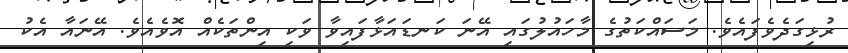
ރުޅިގަދެވެފައެވެ. މަސައްކަތުގެ މާހައުލުގައި އޭނަ ކަނޑައަޅާފައިވާ ވަކި އިންތަކެއް އޮވެއެވެ. އޭނައާ އެކު